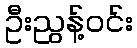
ဦးညွန့်ဝင်း